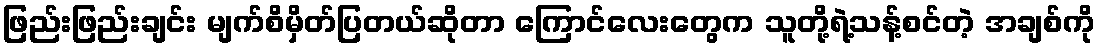
ဖြည်းဖြည်းချင်း မျက်စိမှိတ်ပြတယ်ဆိုတာ ကြောင်လေးတွေက သူတို့ရဲ့သန့်စင်တဲ့ အချစ်ကို